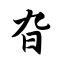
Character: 旮